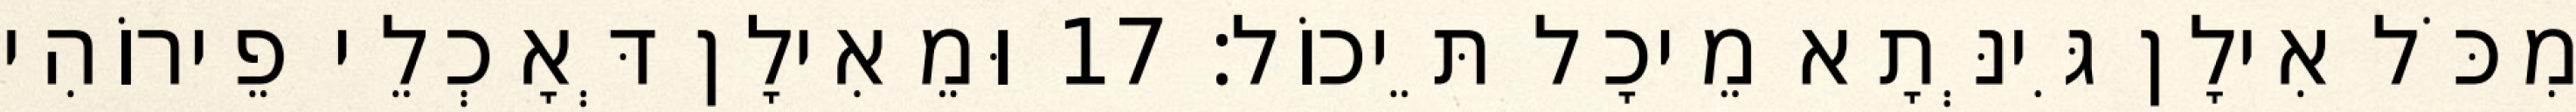
מִכֹּל אִילָן גִּינְּתָא מֵיכָל תֵּיכוֹל׃ 17 וּמֵאִילָן דְּאָכְלֵי פֵירוֹהִי